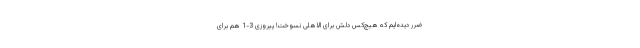
ضرر دیده‌ایم که هیچ‌کس دلش برای الاهلی نسوخت! پیروزی 3-1 هم برای